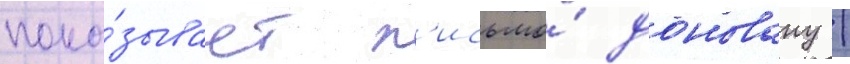
пока́зывает п'исьмо́ доновану /